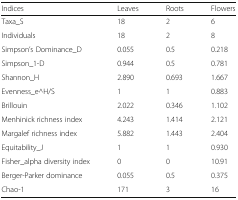
| Indices | Leaves | Roots | Flowers |
 | --- | --- | --- | --- |
 | Taxa_S | 18 | 2 | 6 |
 | Individuals | 18 | 2 | 8 |
 | Simpson’s Dominance_D | 0.055 | 0.5 | 0.218 |
 | Simpson_1-D | 0.944 | 0.5 | 0.781 |
 | Shannon_H | 2.890 | 0.693 | 1.667 |
 | Evenness_e^H/S | 1 | 1 | 0.883 |
 | Brillouin | 2.022 | 0.346 | 1.102 |
 | Menhinick richness index | 4.243 | 1.414 | 2.121 |
 | Margalef richness index | 5.882 | 1.443 | 2.404 |
 | Equitability_J | 1 | 1 | 0.930 |
 | Fisher_alpha diversity index | 0 | 0 | 10.91 |
 | Berger-Parker dominance | 0.055 | 0.5 | 0.375 |
 | Chao-1 | 171 | 3 | 16 |